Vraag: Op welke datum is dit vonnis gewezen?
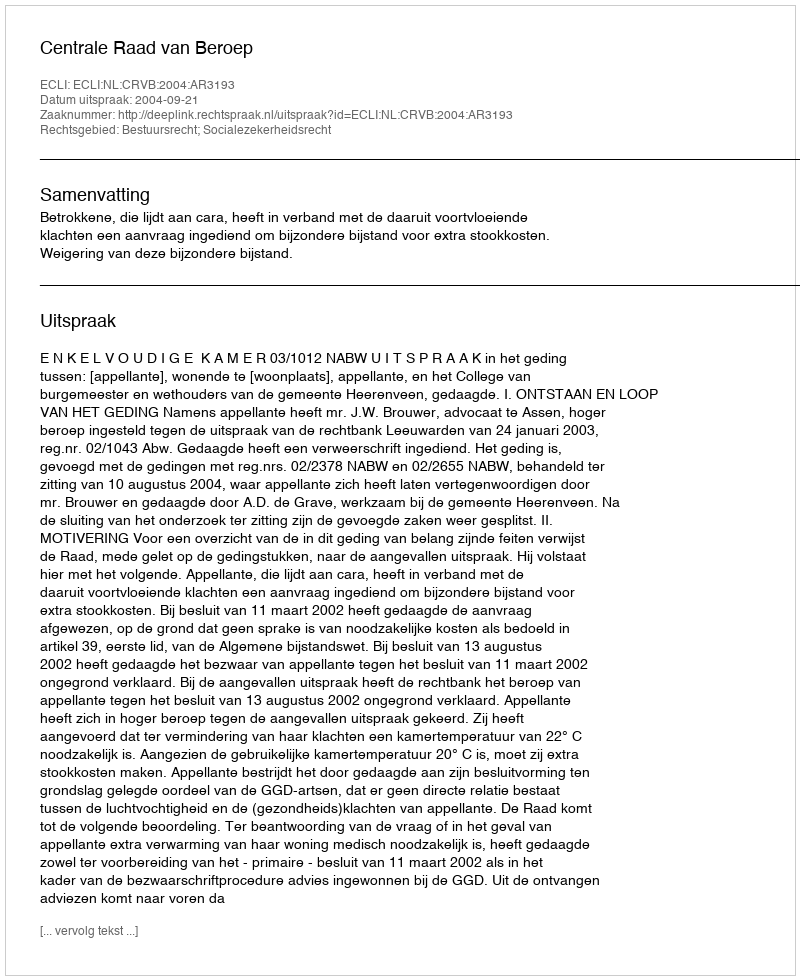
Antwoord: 2004-09-21